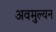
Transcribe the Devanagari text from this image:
अवमुल्यन